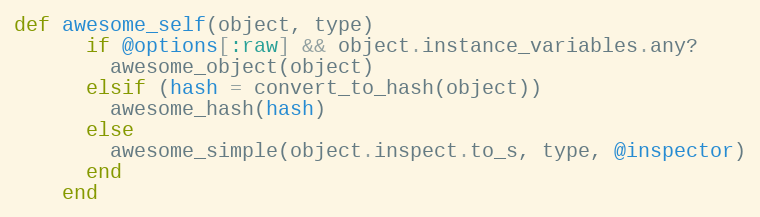
Language: Ruby
def awesome_self(object, type)
      if @options[:raw] && object.instance_variables.any?
        awesome_object(object)
      elsif (hash = convert_to_hash(object))
        awesome_hash(hash)
      else
        awesome_simple(object.inspect.to_s, type, @inspector)
      end
    end